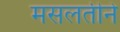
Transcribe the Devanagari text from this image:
मसलतीने